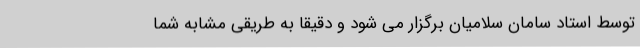
توسط استاد سامان سلامیان برگزار می شود و دقیقاً به طریقی مشابه شما